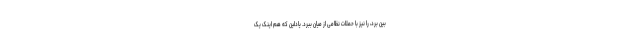
بین برد، را نیز با حملات نظامی از میان ببرد. یادلین که هم اینک یک